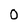
Character: O